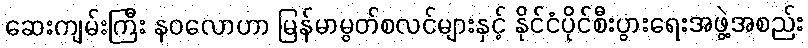
ဆေးကျမ်းကြီး နဝလောဟာ မြန်မာမွတ်စလင်များနှင့် နိုင်ငံပိုင်စီးပွားရေးအဖွဲ့အစည်း